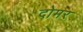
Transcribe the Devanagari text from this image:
दोमर